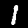
Label: 1